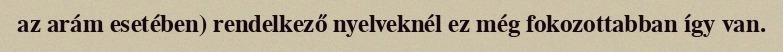
az arám esetében) rendelkező nyelveknél ez még fokozottabban így van.